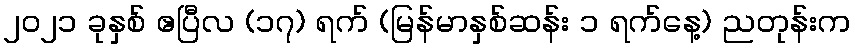
၂၀၂၁ ခုနှစ် ဧပြီလ (၁၇) ရက် (မြန်မာနှစ်ဆန်း ၁ ရက်နေ့) ညတုန်းက